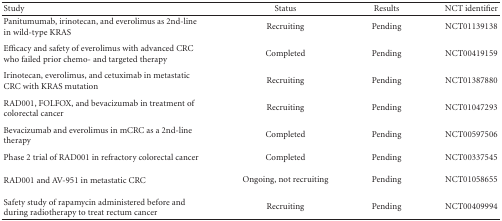
<table><thead><tr><td><b>Study</b></td><td><b>Status</b></td><td><b>Results</b></td><td><b>NCT identifier</b></td></tr></thead><tbody><tr><td>Panitumumab, irinotecan, and everolimus as 2nd-line in wild-type KRAS</td><td>Recruiting</td><td>Pending</td><td>NCT01139138</td></tr><tr><td>Efficacy and safety of everolimus with advanced CRC who failed prior chemo- and targeted therapy</td><td>Completed</td><td>Pending</td><td>NCT00419159</td></tr><tr><td>Irinotecan, everolimus, and cetuximab in metastatic CRC with KRAS mutation</td><td>Recruiting</td><td>Pending</td><td>NCT01387880</td></tr><tr><td>RAD001, FOLFOX, and bevacizumab in treatment of colorectal cancer</td><td>Recruiting</td><td>Pending</td><td>NCT01047293</td></tr><tr><td>Bevacizumab and everolimus in mCRC as a 2nd-line therapy</td><td>Completed</td><td>Pending</td><td>NCT00597506</td></tr><tr><td>Phase 2 trial of RAD001 in refractory colorectal cancer</td><td>Completed</td><td>Pending</td><td>NCT00337545</td></tr><tr><td>RAD001 and AV-951 in metastatic CRC</td><td>Ongoing, not recruiting</td><td>Pending</td><td>NCT01058655</td></tr><tr><td>Safety study of rapamycin administered before and during radiotherapy to treat rectum cancer</td><td>Recruiting</td><td>Pending</td><td>NCT00409994</td></tr></tbody></table>